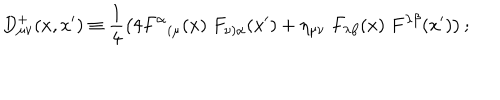
LaTeX: D _ { \mu \nu } ^ { + } ( x , x ^ { \prime } ) \equiv \frac { 1 } { 4 } \left( 4 F ^ { \alpha } { } _ { ( \mu } ( x ) \; F _ { \nu ) \alpha } ( x ^ { \prime } ) + \eta _ { \mu \nu } \; F _ { \lambda \beta } ( x ) \; F ^ { \lambda \beta } ( x ^ { \prime } ) \right) ;